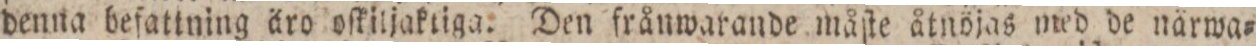
denna befattning äro oſkiljaktiga. Den frånwarande måſte åtnöjas med de närwa=